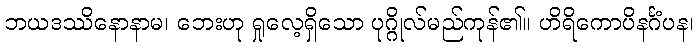
ဘယဒဿိနောနာမ၊ ဘေးဟု ရှုလေ့ရှိသော ပုဂ္ဂိုလ်မည်ကုန်၏။ ဟိရိကောပိနင်္ဂံပန၊